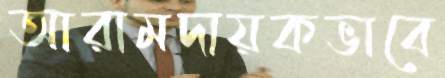
আরামদায়কভাবে